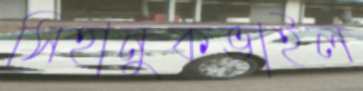
সিহানুকভাইল